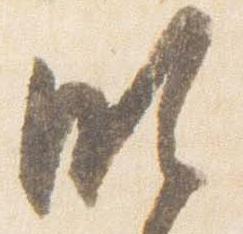
明